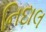
નિદાલ